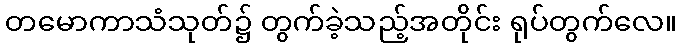
တမောကာသံသုတ်၌ တွက်ခဲ့သည့်အတိုင်း ရုပ်တွက်လေ။